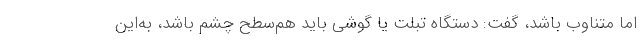
اما متناوب باشد، گفت: دستگاه تبلت یا گوشی باید هم‌سطح چشم باشد، به‌این